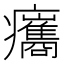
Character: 𤼒